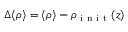
\Delta \langle \rho \rangle = \langle \rho \rangle - \rho _ { \mathrm { ~ i ~ n ~ i ~ t ~ } } ( z )